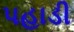
પહાડી